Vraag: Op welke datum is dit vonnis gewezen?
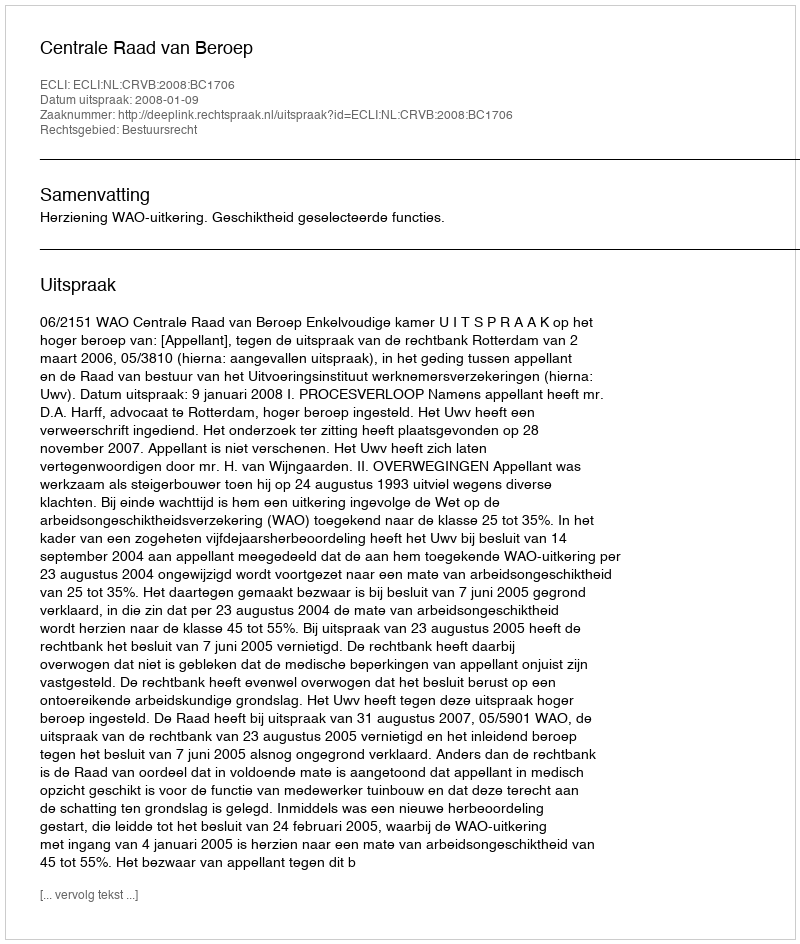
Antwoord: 2008-01-09